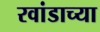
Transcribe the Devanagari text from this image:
रवांडाच्‍या